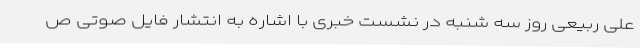
علی ربیعی روز سه شنبه در نشست خبری با اشاره به انتشار فایل صوتی ص